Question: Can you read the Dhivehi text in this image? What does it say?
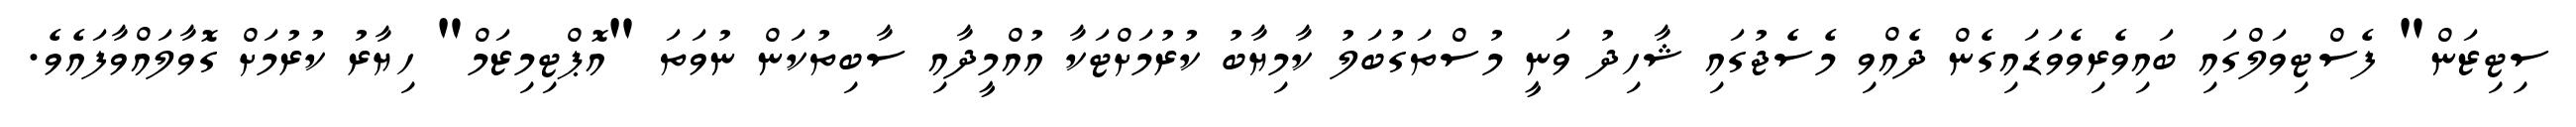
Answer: ސިޓިޒަން" ފެސްޓިވަލްގައި ބައިވެރިވެވަޑައިގެން ދެއްވި މެސެޖުގައި ޝާހިދު ވަނީ މުސްތަގުބަލު ކާމިޔާބު ކުރުމަށްޓަކާ އުއްމީދާއި ސާބިތުކަން ނުވަތަ "އޮޕްޓިމިޒަމް" ހިޔާރު ކުރުމަށް ގޮވާލައްވާފައެވެ.